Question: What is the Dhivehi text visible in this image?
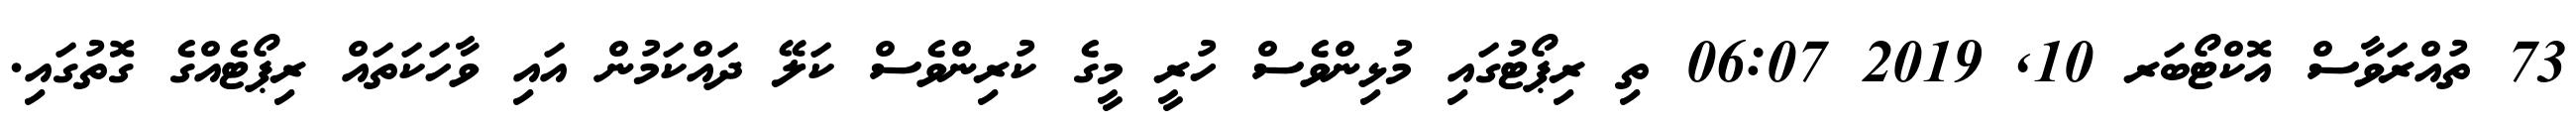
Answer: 73 ތުއްރަވާސް އޮކްޓޯބަރ 10, 2019 06:07 ތި ރިޕޯޓުގައި މުޅިންވެސް ހުރީ މީގެ ކުރިންވެސް ކަލޭ ދައްކަމުން އައި ވާހަކަތައް ރިޕޯޓެއްގެ ގޮތުގައި.